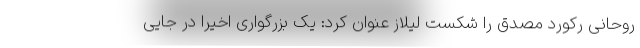
روحانی رکورد مصدق را شکست لیلاز عنوان کرد: یک بزرگواری اخیراً در جایی